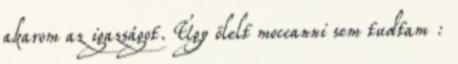
akarom az igazságot. Úgy ölelt moccanni sem tudtam :